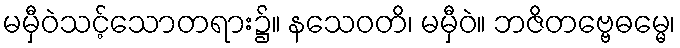
မမှီဝဲသင့်သောတရား၌။ နသေဝတိ၊ မမှီဝဲ။ ဘဇိတဗ္ဗေဓမ္မေ၊